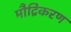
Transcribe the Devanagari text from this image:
मौद्रिकरण